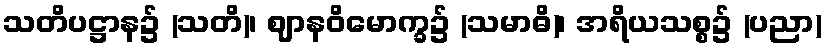
သတိပဋ္ဌာန၌ (သတိ)၊ ဈာနဝိမောက္ခ၌ (သမာဓိ)၊ အရိယသစ္စ၌ (ပညာ)